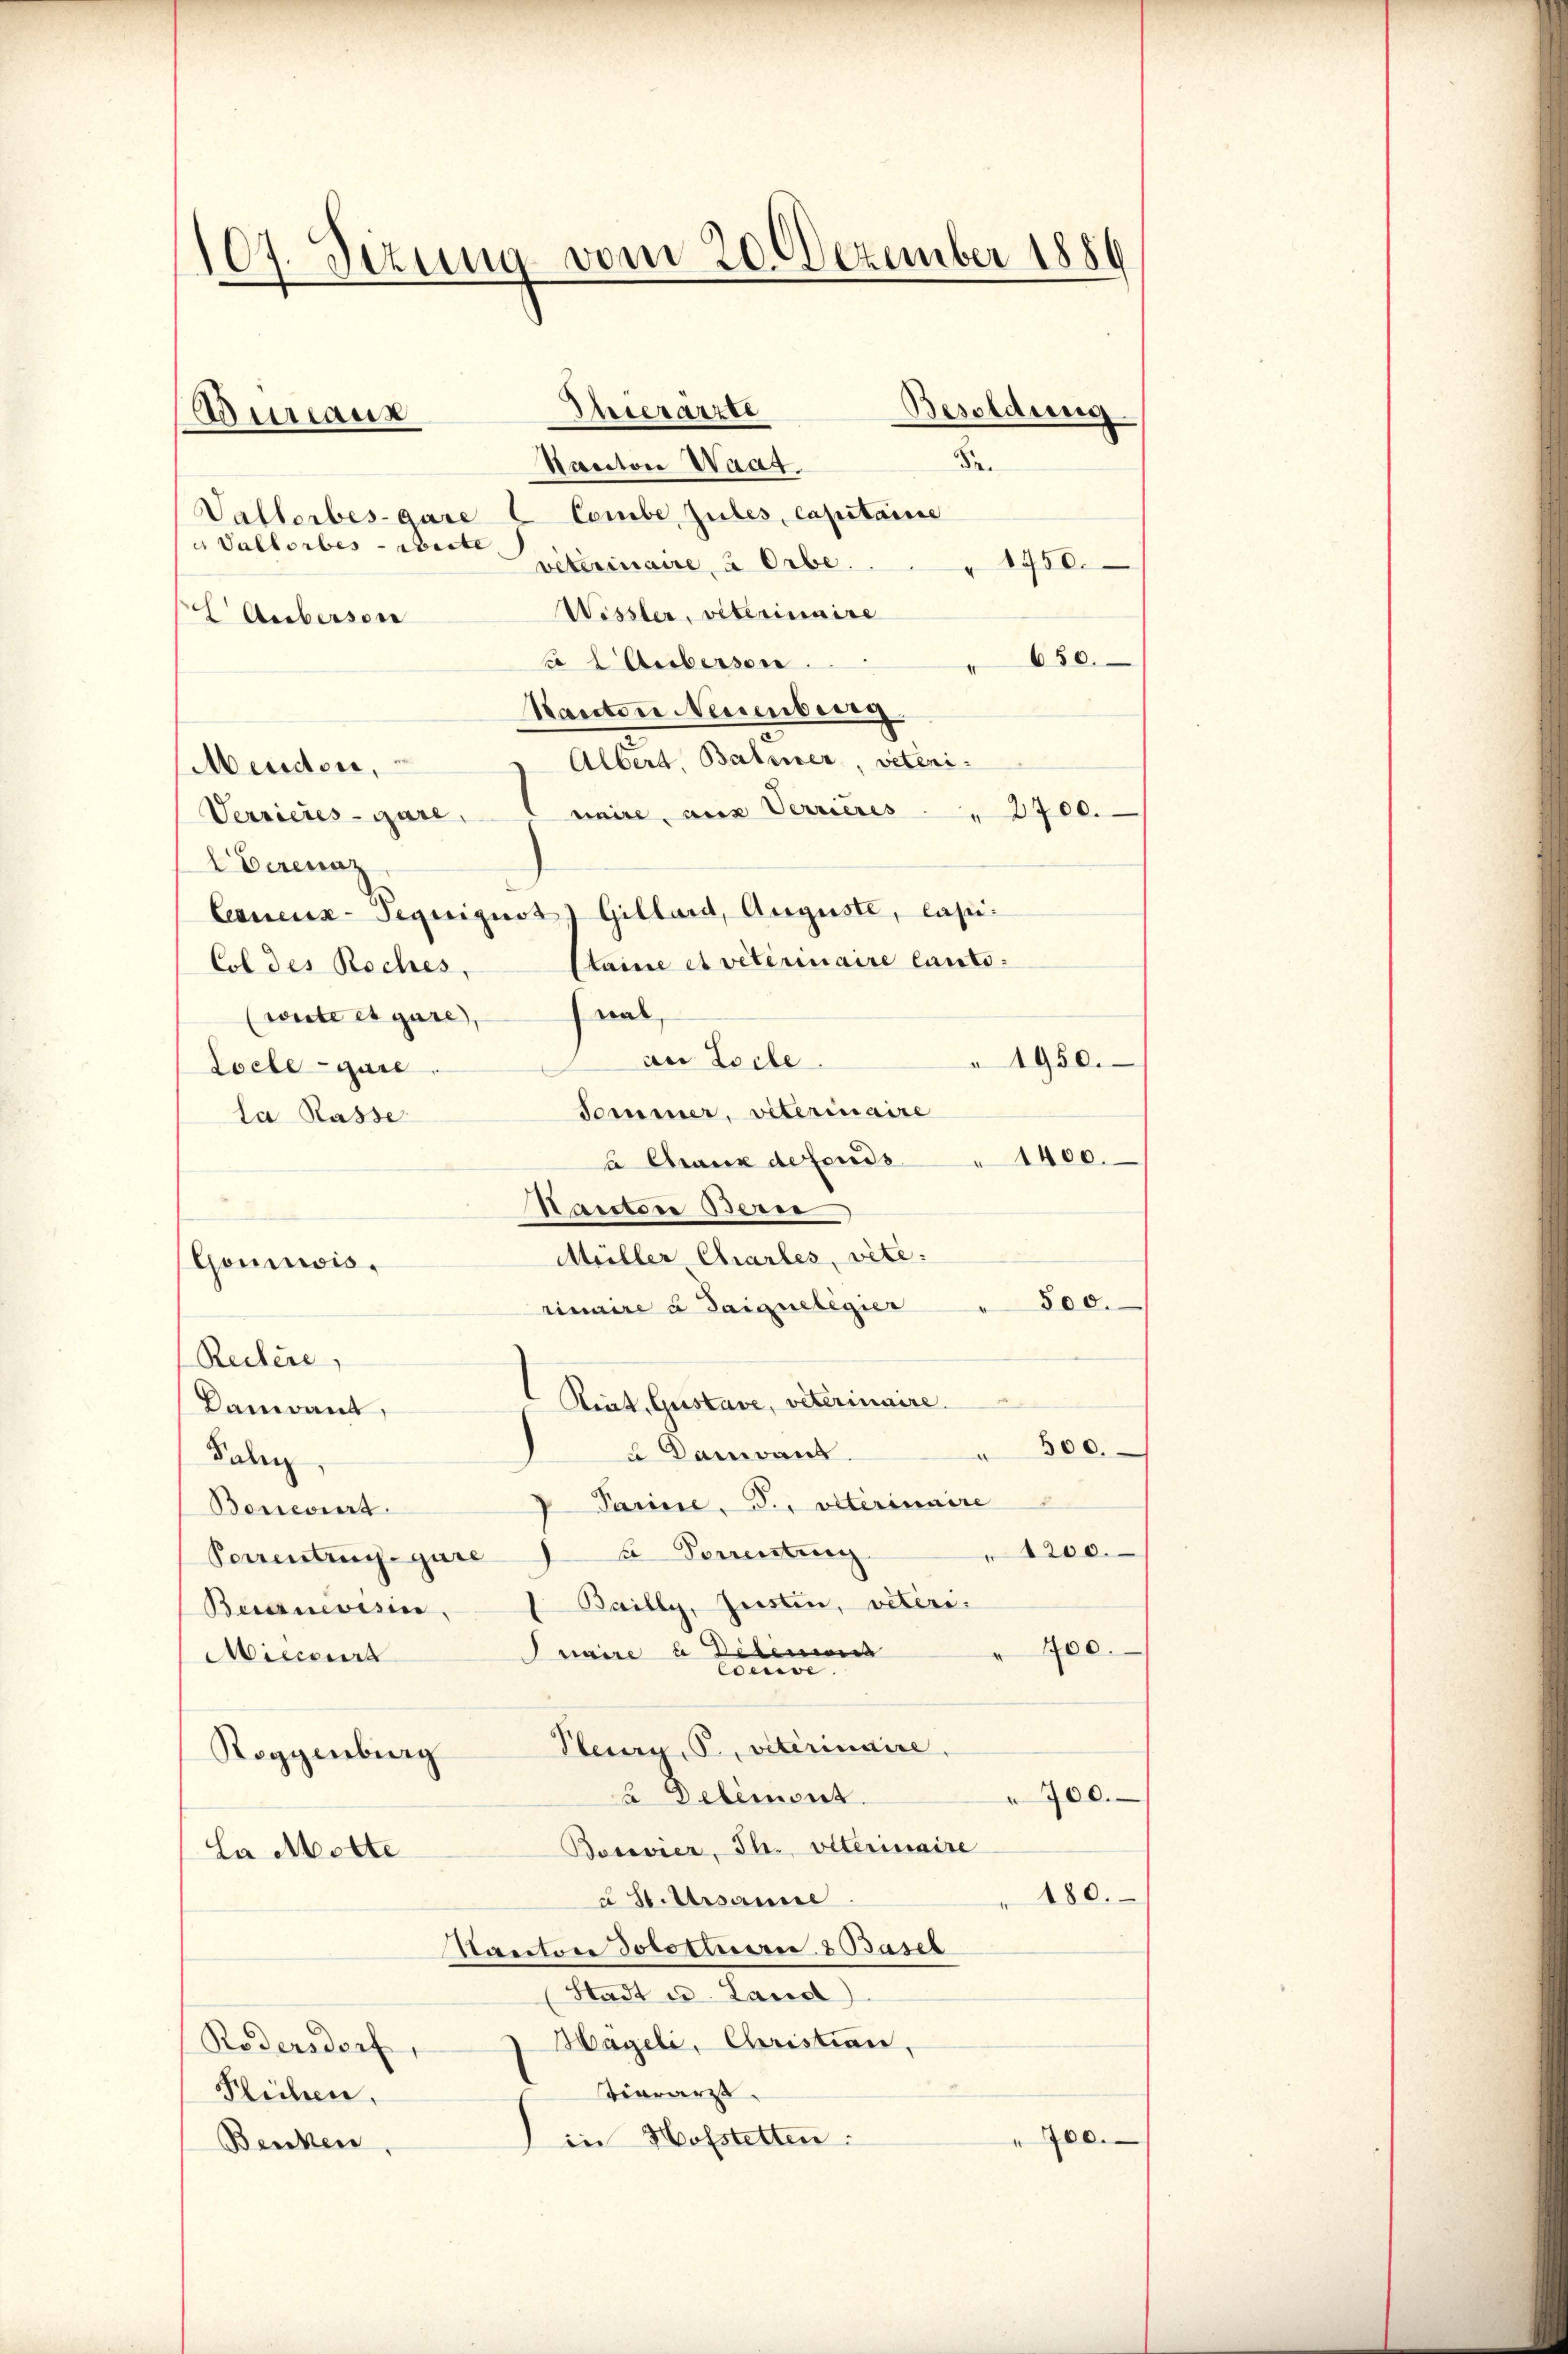
107. Sezung vom 20. Dezember 1889

Bureaux

Thierarzte

Naector Waat.
Vallorbes-Gare C Combe Zules, capitaire
a Vallorbes - Reste
1450.
veterinaire à Orbe.
Wissler, veterinaire
E Auberson
650.
x  Aubersen.
Ranton Neuenburg
Albert, Balmer, veteni¬
Meudor,
naire, aus Verrieres " 2700.
Verrieres - gare,
Eberenz
Lequenz-Teguiguot Gillard, Auguste, lapi¬
Staine et veterinaire lauto¬
Col des Roches,
val,
weite es gare,
an Loche
Loclegare
Sommer, viterinaire
La Rasse
a Chaux defends " 1400.
Nanten Bern
Müller Charles, vite:
Gomicis.
rinaire à Saique legier
Reitere,
Rint. Gustave, veterinaire.
kandant,
" 500.
Dandant
Jaber
Parine, S. alterinaire
Boneviert
1200.
Perrentin guren Domentung
 Bailly, Justin, veteri.
Busznevisio
" 400.
Juaire u Deten
Miccourt
Coewe.
Peury, P., viterinaire,
Roggenburg
700.
 Delemont
Bosovier, Th. Veterinaire
La Motte
180.
à S.Arsame
Santon dototluerit. 8 Basel
Mait der Landt
Hageli, Christian.
Rodensdorf,
viararzt.
Flichen,
700.
in Hofstetten:
Benken,

Se.

Besoldung

1950.

800.